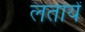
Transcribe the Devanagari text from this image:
लतायें